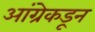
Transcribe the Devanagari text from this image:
आंग्रेकडून